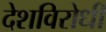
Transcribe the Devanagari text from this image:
देशविरोधी